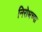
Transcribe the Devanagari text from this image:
निरोधच्या